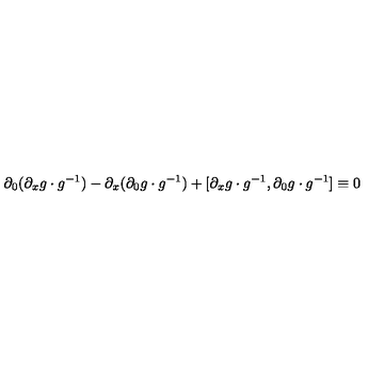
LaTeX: \partial _ { 0 } ( \partial _ { x } g \cdot g ^ { - 1 } ) - \partial _ { x } ( \partial _ { 0 } g \cdot g ^ { - 1 } ) + [ \partial _ { x } g \cdot g ^ { - 1 } , \partial _ { 0 } g \cdot g ^ { - 1 } ] \equiv 0